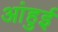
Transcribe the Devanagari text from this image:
आंहुई